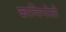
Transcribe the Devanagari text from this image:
कान्स्पिरेसी